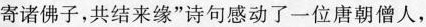
寄诸佛子，共结来缘”诗句感动了一位唐朝僧人，